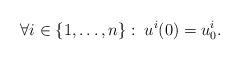
LaTeX: \begin{align*}\forall i\in\{1,\ldots,n\}:\; u^i(0)=u_0^i.\end{align*}